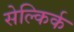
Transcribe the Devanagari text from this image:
सेल्किर्क